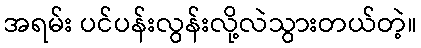
အရမ်း ပင်ပန်းလွန်းလို့လဲသွားတယ်တဲ့။